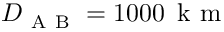
D _ { \mathrm { ~ A ~ B ~ } } = 1 0 0 0 \, \mathrm { ~ k ~ m ~ }